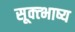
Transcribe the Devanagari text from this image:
सूक्त्भाष्य